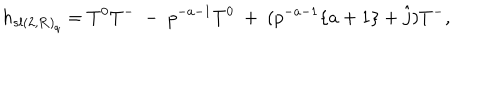
h _ { { s l ( 2 , { \bf R } ) } _ { q } } = T ^ { 0 } T ^ { - } \ - \ p ^ { - a - 1 } T ^ { 0 } \ + \ ( p ^ { - a - 1 } \{ a + 1 \} + \hat { j } ) T ^ { - } ,